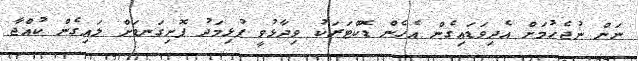
ނަން ނުޖެހުމަށް އެދިވަޑައިގެން އެހެން ޑޮކްޓަރަކު ވިދާޅުވީ ފުޅިމަދު ފޮށިގަނޑަށް ލައިގެން ކުއްޖާ